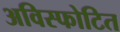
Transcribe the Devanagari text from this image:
अविस्फोटित